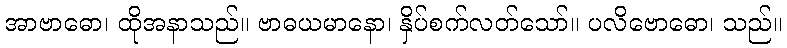
အာဗာဓော၊ ထိုအနာသည်။ ဗာဓယမာနော၊ နှိပ်စက်လတ်သော်။ ပလိဗောဓော၊ သည်။